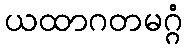
ယထာဂတမဂ္ဂံ